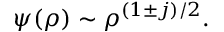
\psi ( \rho ) \sim \rho ^ { ( 1 \pm j ) / 2 } .